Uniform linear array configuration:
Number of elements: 16
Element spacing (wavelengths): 0.5
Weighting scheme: binomial
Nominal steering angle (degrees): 15
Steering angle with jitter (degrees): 13.125
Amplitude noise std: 0.05
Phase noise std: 0.05

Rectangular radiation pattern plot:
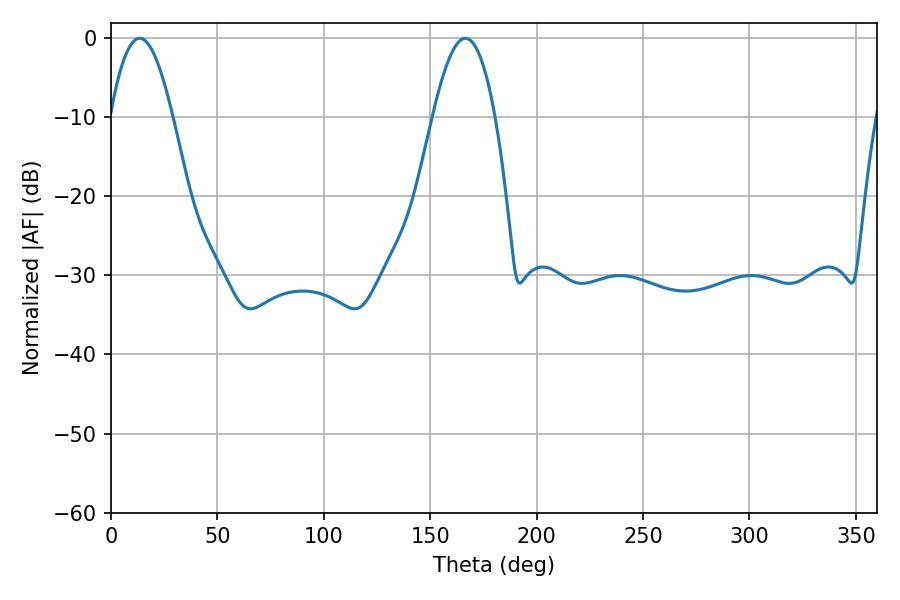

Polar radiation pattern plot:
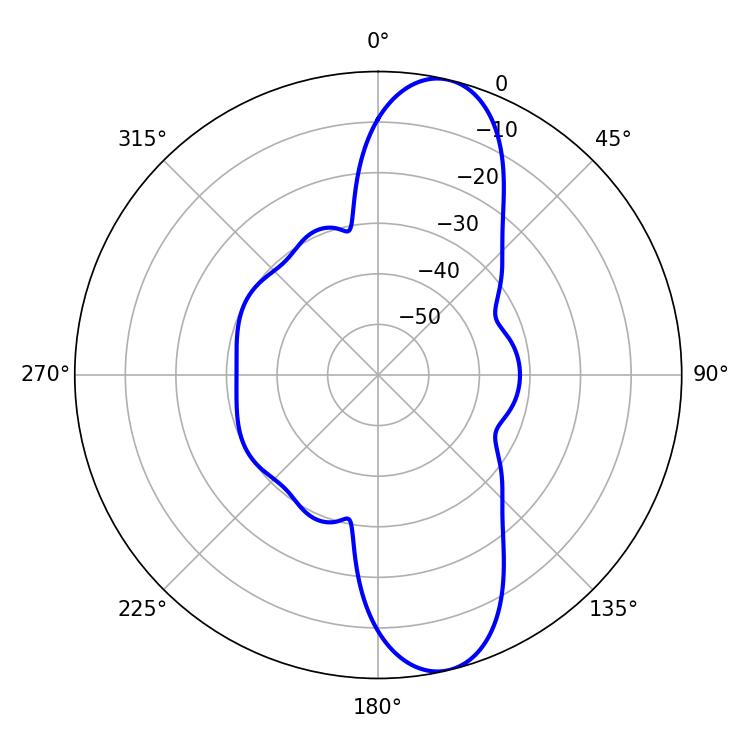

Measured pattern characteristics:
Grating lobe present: FALSE
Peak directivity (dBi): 11.387
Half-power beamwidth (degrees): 15.84
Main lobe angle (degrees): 13.5